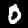
Label: 0